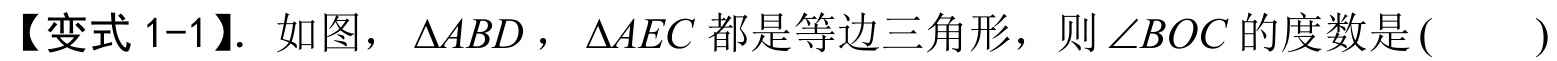
【变式 1-1】. 如图，$\triangle ABD$，$\triangle AEC$都是等边三角形，则$\angle BOC$的度数是( )